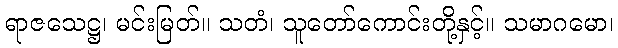
ရာဇသေဋ္ဌ၊ မင်းမြတ်။ သတံ၊ သူတော်ကောင်းတို့နှင့်။ သမာဂမော၊